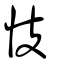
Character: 忮